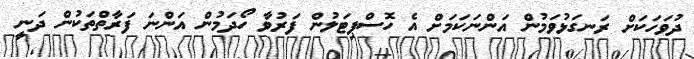
ދުވަހަކަށް ރަނގަޅުވަމުން އަންނަކަމަށް އެ ހޮސްޕިޓަލުން ފަރުވާ ހޯދަމުން އަންނަ ފަރާތްތަކުން ދަނީ